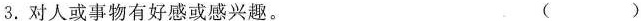
3.对人或事物有好感或感兴趣。 ( )